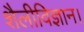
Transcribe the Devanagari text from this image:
शैलीविज्ञान।